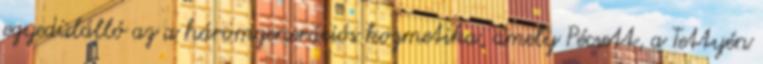
egyedülálló az a háromgenerációs kozmetika, amely Pécsett, a Tettyén